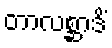
တာလစ္ဆာဒိံ